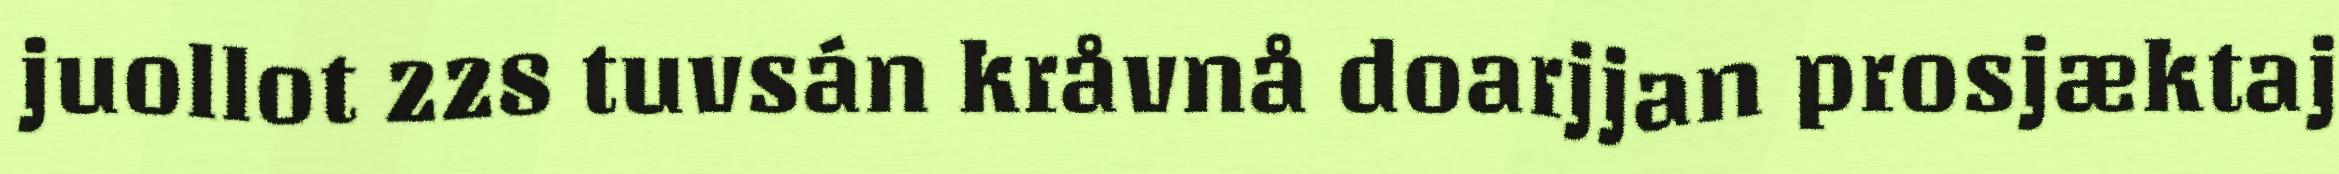
juollot 228 tuvsán kråvnå doarjjan prosjæktaj